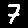
Digit: 7